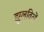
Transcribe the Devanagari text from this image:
झुलविलें